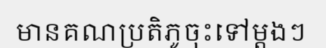
មានគណប្រតិភូចុះទៅម្តងៗ